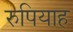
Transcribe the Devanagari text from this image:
रुपियाह